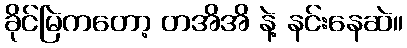
ခိုင်မြဲကတော့ တအိအိ နဲ့ နင်းနေဆဲ။